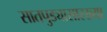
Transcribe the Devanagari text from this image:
सातपुड्यासारख्या